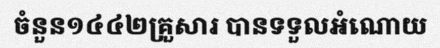
ចំនួន១៤៤២គ្រួសារ បានទទួលអំណោយ